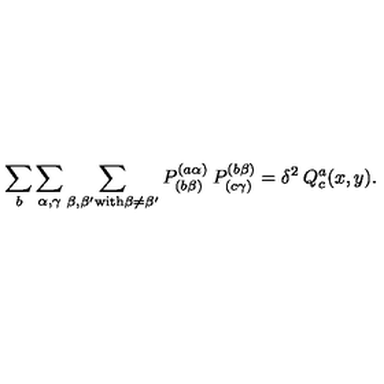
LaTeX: \sum _ { b } \sum _ { \alpha , \gamma } \sum _ { \beta , \beta ^ { \prime } { \mathrm { \scriptsize { w i t h } } } \beta \neq \beta ^ { \prime } } P _ { ( b \beta ) } ^ { ( a \alpha ) } \: P _ { ( c \gamma ) } ^ { ( b \beta ) } = \delta ^ { 2 } \: Q _ { c } ^ { a } ( x , y ) .